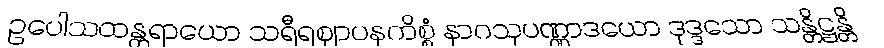
ဥပေါသထန္တရာယော သရီရဈာပနကိစ္စံ နာဂသုပဏ္ဏာဒယော ဒုဒ္ဒသော သန္တိဋ္ဌန္တိ